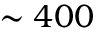
\sim 4 0 0